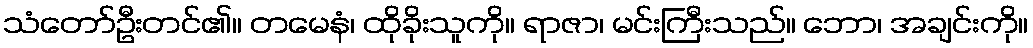
သံတော်ဦးတင်၏။ တမေနံ၊ ထိုခိုးသူကို။ ရာဇာ၊ မင်းကြီးသည်။ ဘော၊ အချင်းကို။